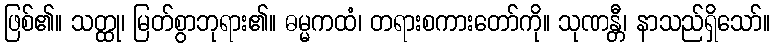
ဖြစ်၏။ သတ္ထု၊ မြတ်စွာဘုရား၏။ ဓမ္မကထံ၊ တရားစကားတော်ကို။ သုဏန္တီ၊ နာသည်ရှိသော်။